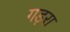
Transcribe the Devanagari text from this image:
गड़रा